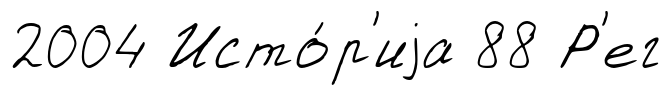
2004 Исто́р'иjа 88 Р'ег